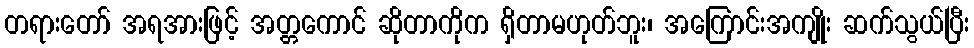
တရားတော် အရအားဖြင့် အတ္တကောင် ဆိုတာကိုက ရှိတာမဟုတ်ဘူး၊ အကြောင်းအကျိုး ဆက်သွယ်ပြီး